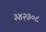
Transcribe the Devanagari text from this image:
३४२३०८